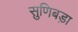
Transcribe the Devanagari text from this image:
सुणिबड़ा